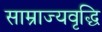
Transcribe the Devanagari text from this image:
साम्राज्यवृद्धि